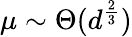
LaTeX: \mu\sim\Theta(d^{\frac{2}{3}})